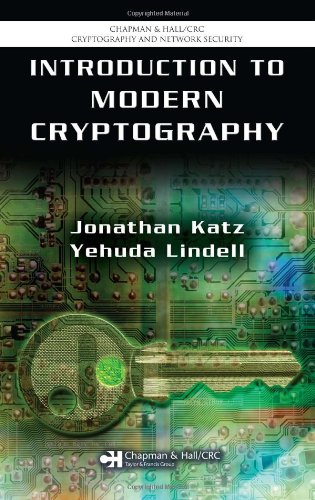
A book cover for Introduction to Modern Cryptography: Principles and Protocols (Chapman & Hall/CRC Cryptography and Network Security Series); Jonathan Katz; Computers & Technology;